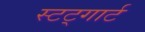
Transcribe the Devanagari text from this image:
स्टट्गार्ट